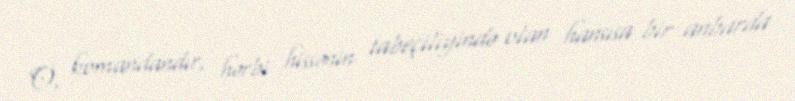
O, komandandır, hərbi hissənin tabeçiliyində olan hansısa bir anbarda